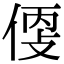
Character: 𠊳